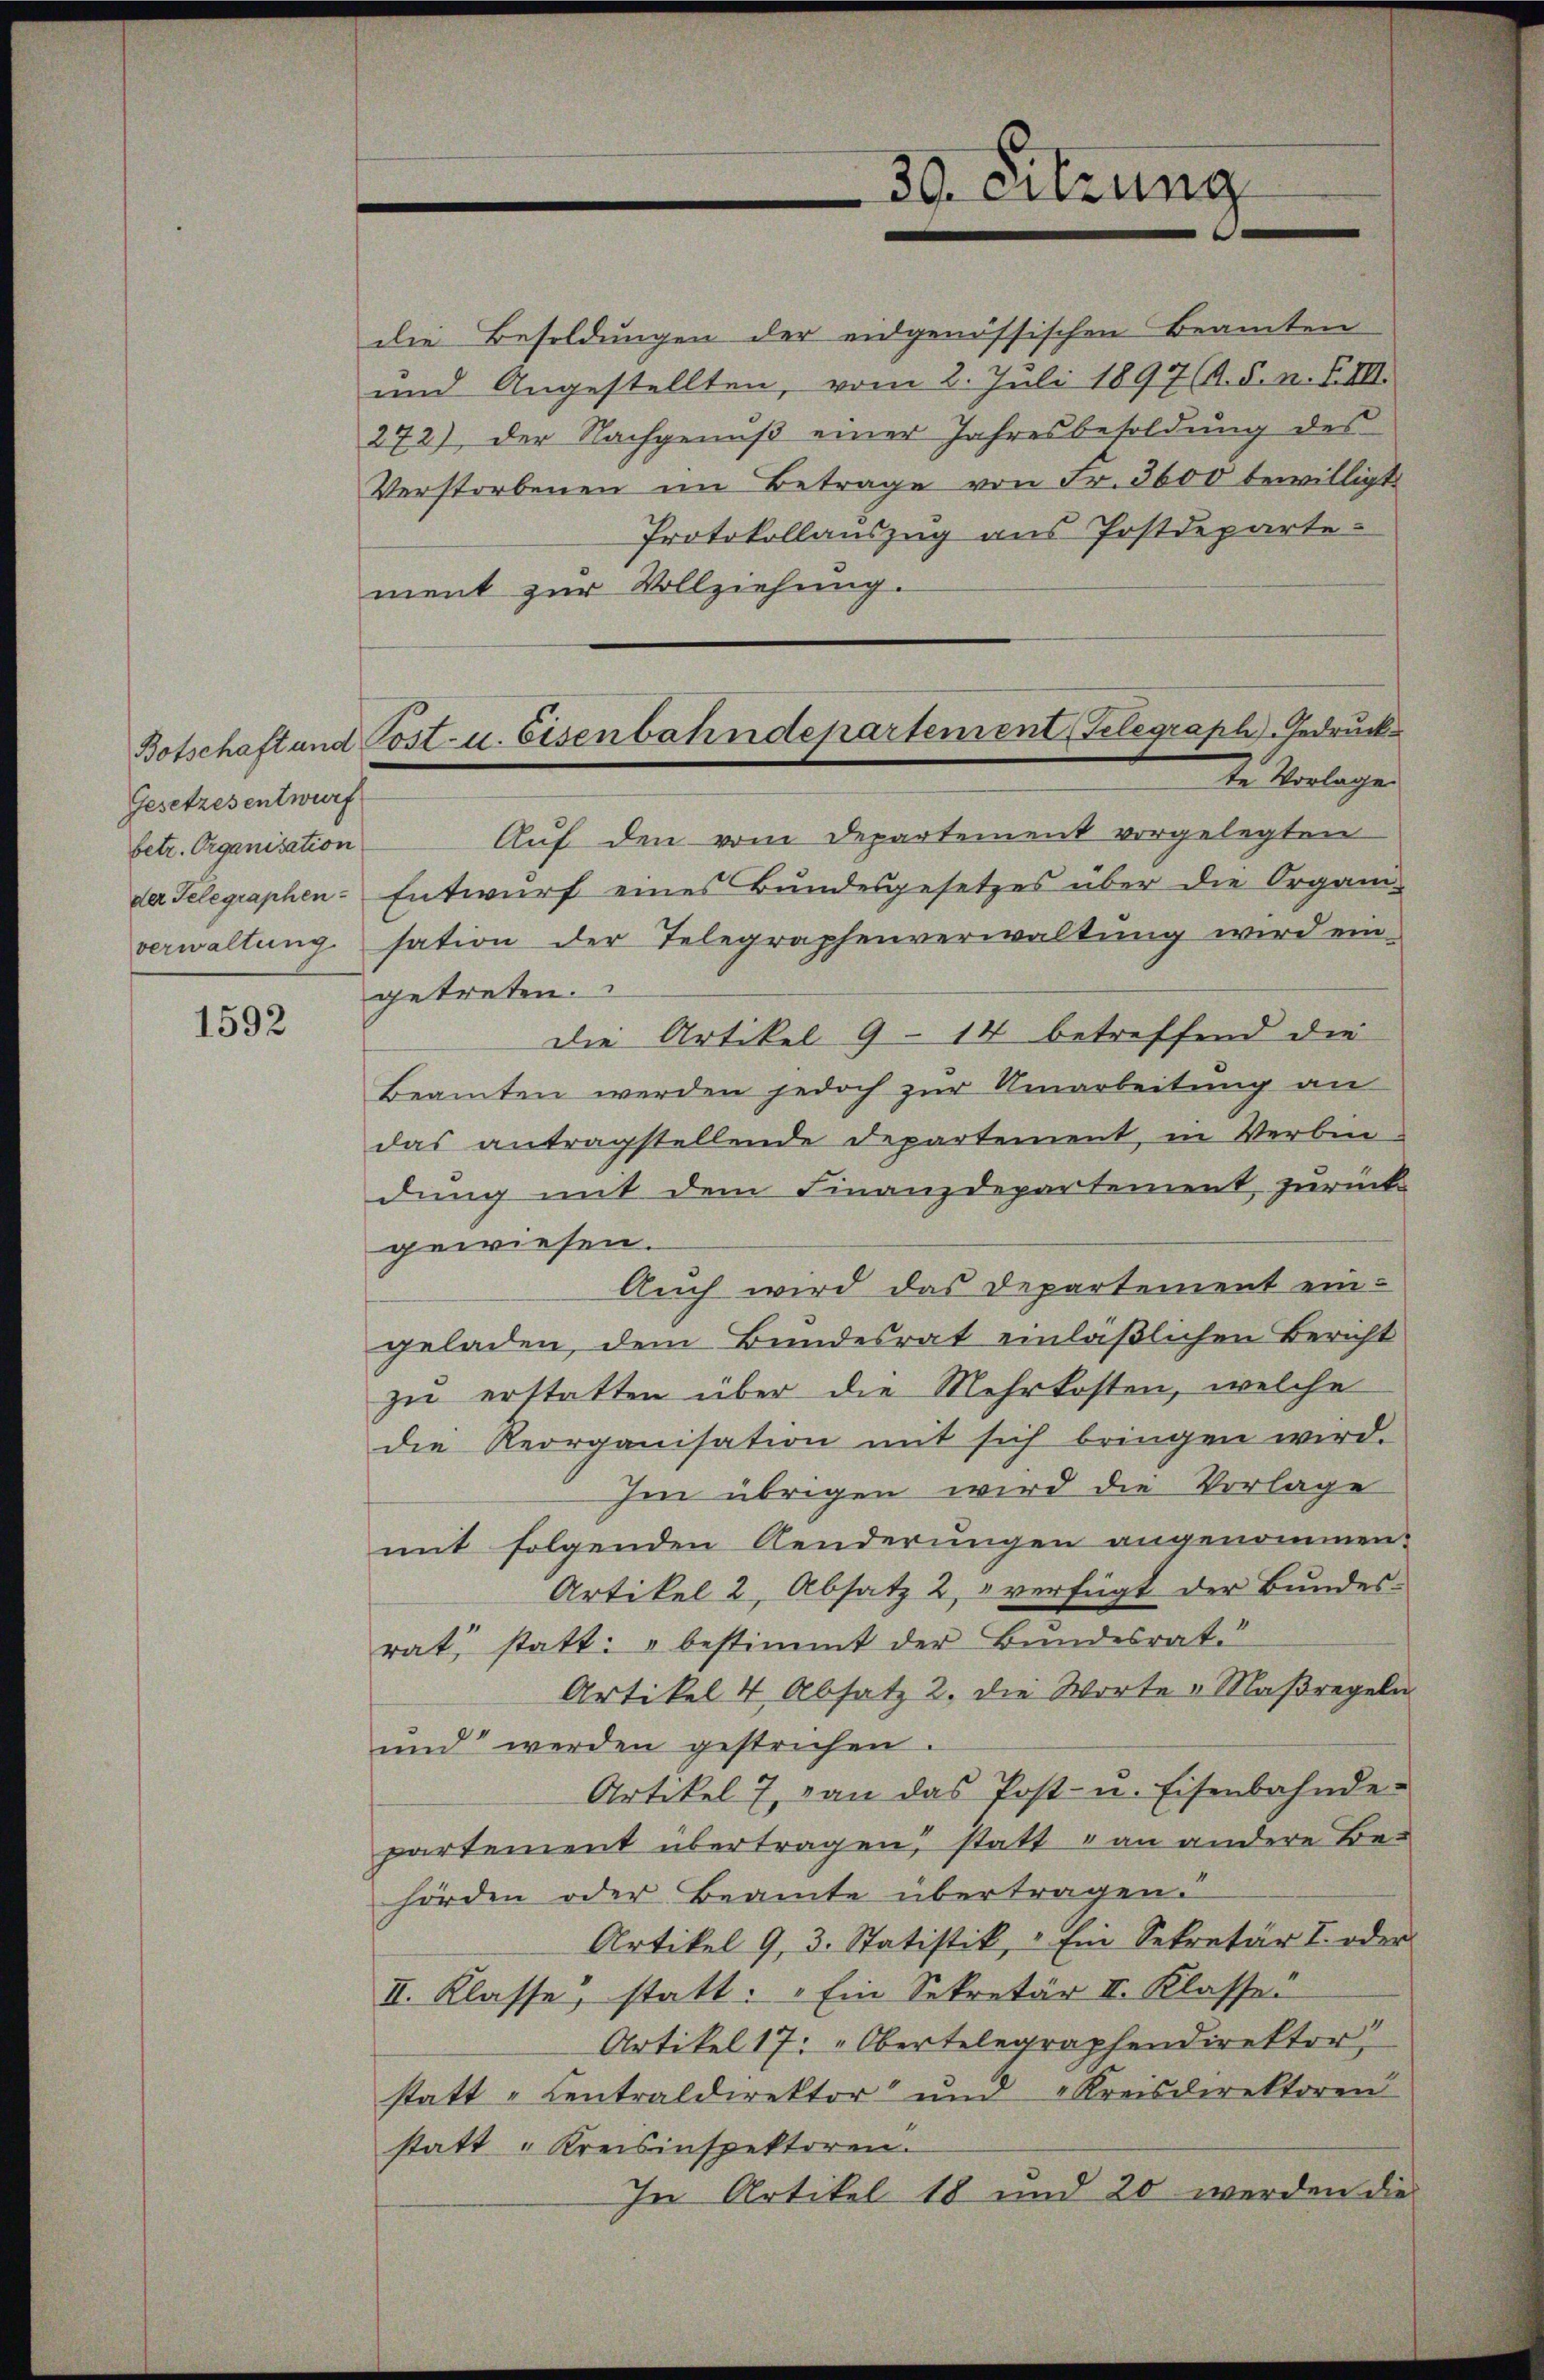
Botschaft und
Gesetzesentwurf
betr. Organisation
der Telegraphen-
verwaltung

1592

die Besoldungen der eidgenössischen Beamten
und Angestellten, vom 2. Juli 1897 (A. §. n. F. III.
272), der Nachgenuß einer Jahresbesoldung des
Verstorbenen im Betrage von Fr. 3600 bewilligt
Protokollauszug aus Postdepartement zur Vollziehung.
Auf den vom Departement vorgelegten
Entwurf eines Bundesgesetzes über die Organi-
sation der Telegraphenverwaltung wird ein
getreten.
Die Artikel 9 - 14 betreffend die
Beamten werden jedoch zur Umarbeitung an
das antragstellende Departement, in Verbin-
dung mit dem Finanzdepartement zurück
gewiesen.
Auch wird das Departement ein-
geladen, dem Bundesrat einläßlichen Bericht
zu erstatten über die Mehrkosten, welche
die Reorganisation mit sich bringen wird.
Im übrigen wird die Vorlage
mit folgenden Aenderungen angenommen.
Artikel 2, Absatz 2, verfügt der Bundesrat, statt: " bestimmt der Bundesrat.
Artikel 4 Absatz 2. die Worte Maßregeln
und werden gestrichen.
Artikel 7, von das Post- u. Eisenbahnde-
partement übertragen, statt an andere Behörden oder Beamte übertragen.
Artikel 9, 3. Statistik, " Ein Sekretär I. oder
II. Klasse, statt: „Ein Sekretär II. Klasse
Artikel 17: „Obertelegraphendirektor
statt - Centraldirektor und Kreisdirektoren
statt „Kreisinspektoren.
In Artikel 18 und 20 werden die

30. Sitzung

Post- u. Eisenbahndepartement Telegraph)-Gedruck.
te Vorlage